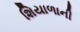
શિયાળાની